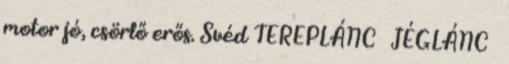
motor jó, csörlő erős. Svéd TEREPLÁNC JÉGLÁNC